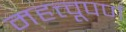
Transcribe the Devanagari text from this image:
महत्त्वूपर्ण